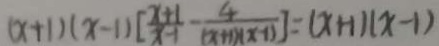
( x + 1 ) ( x - 1 ) [ \frac { x + 1 } { x - 1 } - \frac { 4 } { ( x + 1 ) ( x - 1 ) } ] = ( x + 1 ) ( x - 1 )